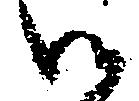
御